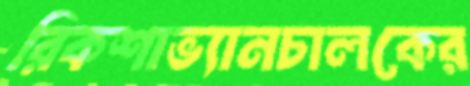
রিকশাভ্যানচালকের